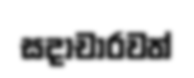
සදාචාරවත්